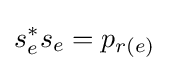
s_{e}^{*}s_{e}=p_{r(e)}